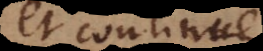
et continue